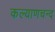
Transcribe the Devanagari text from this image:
कल्याणचन्द